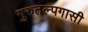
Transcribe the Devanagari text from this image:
गुरुतल्पगासी